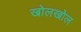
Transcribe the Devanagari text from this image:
खोलखोल